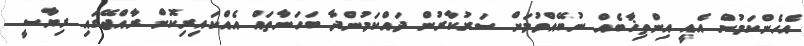
އެހެންކަމުން އެއީ އިންތިޚާބެއް ނުބޭއްވުމަށް ސަރުކާރުން ދައްކަމުންދާ ބަހަނާތައް އެއްކައިރިކޮށް ރާއްޖޭގައި ރިޔާސީ